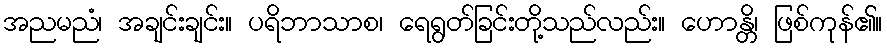
အညမညံ၊ အချင်းချင်း။ ပရိဘာသာစ၊ ရေရွတ်ခြင်းတို့သည်လည်း။ ဟောန္တိ၊ ဖြစ်ကုန်၏။